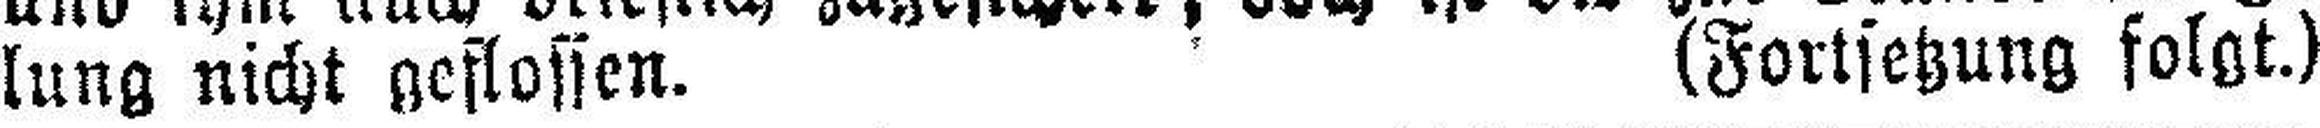
lung nicht geflossen. (Fortsetzung folgt.)